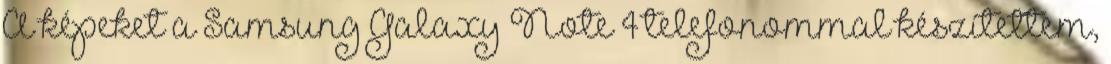
A képeket a Samsung Galaxy Note 4 telefonommal készítettem,